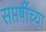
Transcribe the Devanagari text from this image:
सप्तर्षीच्या